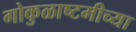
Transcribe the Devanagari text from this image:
गोकुळाष्टमीच्या